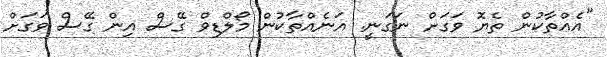
"އެއްތާކުން ތެޔޮ ވަގަށް ނަގަނީ. އަނެއްތާކުން މޯލްޑިވް ގޭސް އިން ގޭސް ވަގަށް